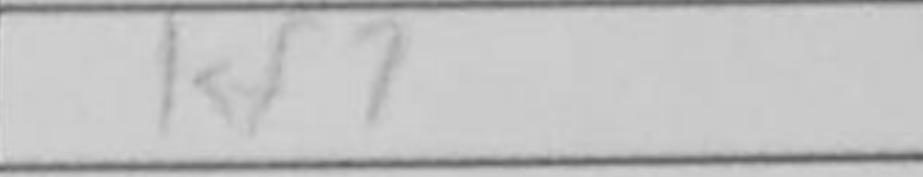
Transcription: Kf7